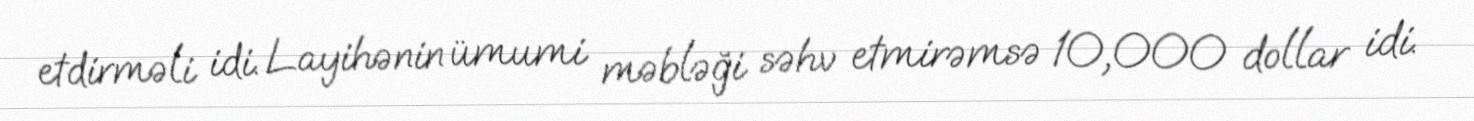
etdirməli idi. Layihənin ümumi məbləği səhv etmirəmsə 10,000 dollar idi.